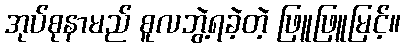
အုပ်စုနာမည် စူလဘွဲ့ရခဲ့တဲ့ ဖြူဖြူမြင့်။